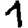
Digit: 1